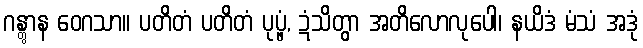
ဂန္တွာန ဝေဂသာ။ ပတိတံ ပတိတံ ပုပ္ဖံ, ဍံသိတွာ အတိလောလုပေါ၊ နယိဒံ မံသံ အဒုံ